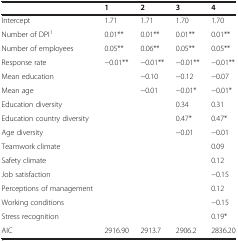
|  | 1 | 2 | 3 | 4 |
 | --- | --- | --- | --- | --- |
 | Intercept | 1.71 | 1.71 | 1.70 | 1.70 |
 | Number of DPI1 | 0.01** | 0.01** | 0.01** | 0.01** |
 | Number of employees | 0.05** | 0.06** | 0.05** | 0.05** |
 | Response rate | −0.01** | −0.01** | −0.01** | −0.01** |
 | Mean education |  | −0.10 | −0.12 | −0.07 |
 | Mean age |  | −0.01 | −0.01* | −0.01* |
 | Education diversity |  |  | 0.34 | 0.31 |
 | Education country diversity |  |  | 0.47* | 0.47* |
 | Age diversity |  |  | −0.01 | −0.01 |
 | Teamwork climate |  |  |  | 0.09 |
 | Safety climate |  |  |  | 0.12 |
 | Job satisfaction |  |  |  | −0.15 |
 | Perceptions of management |  |  |  | 0.12 |
 | Working conditions |  |  |  | −0.15 |
 | Stress recognition |  |  |  | 0.19* |
 | AIC | 2916.90 | 2913.7 | 2906.2 | 2836.20 |